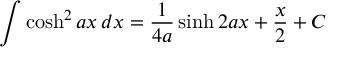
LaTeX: \int \cosh ^ { 2 } a x \, d x = { \frac { 1 } { 4 a } } \sinh 2 a x + { \frac { x } { 2 } } + C